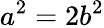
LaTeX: a^{2}=2b^{2}